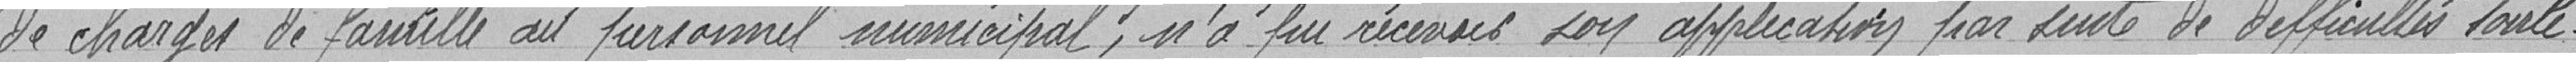
de charges de famille au personnel municipal, n'a pu recevoir son application par suite de difficultés soule-